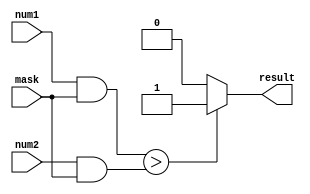
module Masked_Comparator(
    input [7:0] num1,
    input [7:0] num2,
    input [7:0] mask,
    output reg result
);

reg [7:0] masked_num1;
reg [7:0] masked_num2;

always @* begin
    masked_num1 = num1 & mask;
    masked_num2 = num2 & mask;

    if (masked_num1 > masked_num2) begin
        result = 1'b1; // num1 is greater than num2
    end else if (masked_num1 < masked_num2) begin
        result = 1'b0; // num1 is less than num2
    end else begin
        result = 1'b0; // num1 is equal to num2
    end
end

endmodule